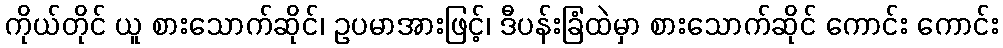
ကိုယ်တိုင် ယူ စားသောက်ဆိုင်၊ ဥပမာအားဖြင့်၊ ဒီပန်းခြံထဲမှာ စားသောက်ဆိုင် ကောင်း ကောင်း